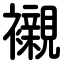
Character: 襯